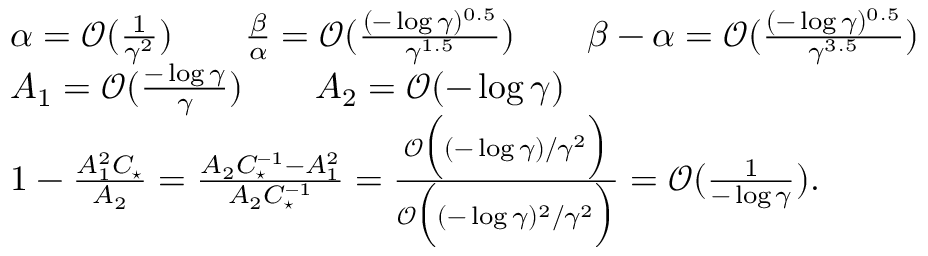
\begin{array} { r l } & { \alpha = \mathcal { O } ( \frac { 1 } { \gamma ^ { 2 } } ) \qquad \frac { \beta } { \alpha } = \mathcal { O } ( \frac { ( - \log \gamma ) ^ { 0 . 5 } } { \gamma ^ { 1 . 5 } } ) \qquad \beta - \alpha = \mathcal { O } ( \frac { ( - \log \gamma ) ^ { 0 . 5 } } { \gamma ^ { 3 . 5 } } ) } \\ & { A _ { 1 } = \mathcal { O } ( \frac { - \log \gamma } { \gamma } ) \qquad A _ { 2 } = \mathcal { O } ( - \log \gamma ) } \\ & { 1 - \frac { A _ { 1 } ^ { 2 } C _ { \star } } { A _ { 2 } } = \frac { A _ { 2 } C _ { \star } ^ { - 1 } - A _ { 1 } ^ { 2 } } { A _ { 2 } C _ { \star } ^ { - 1 } } = \frac { \mathcal { O } \Bigl ( ( - \log \gamma ) / \gamma ^ { 2 } \Bigr ) } { \mathcal { O } \Bigl ( ( - \log \gamma ) ^ { 2 } / \gamma ^ { 2 } \Bigr ) } = \mathcal { O } ( \frac { 1 } { - \log \gamma } ) . } \end{array}